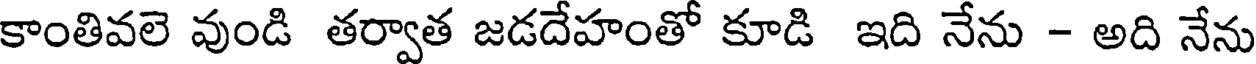
కాంతివలె వుండి తర్వాత జడదేహంతో కూడి ఇది నేను - అది నేను